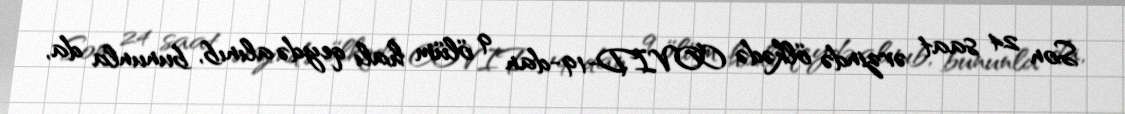
Son 24 saat ərzində ölkədə COVID-19-dan 9 ölüm halı qeydə alınıb, bununla da,